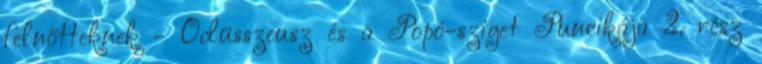
felnőtteknek - Odüsszeusz és a Popó-sziget Puncikája 2. rész